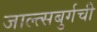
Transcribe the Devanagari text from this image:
जाल्त्सबुर्गची